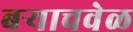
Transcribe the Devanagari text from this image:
बऱ्याचवेळ